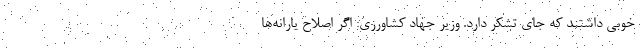
خوبی داشتند که جای تشکر دارد. وزیر جهاد کشاورزی: اگر اصلاح یارانه‌ها